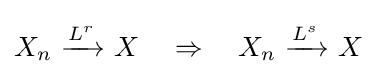
X_{n}\ {\xrightarrow {\overset {}{L^{r}}}}\ X\quad \Rightarrow \quad X_{n}\ {\xrightarrow {\overset {}{L^{s}}}}\ X